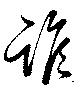
誰